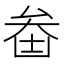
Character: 𠫻